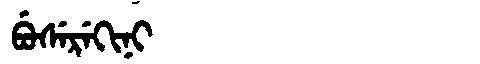
Manchu: ᠪᡠᠰᡝᡵᡝᡴᡳᠨᡳ
Romanization: BUSEREKINI